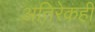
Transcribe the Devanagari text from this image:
अतिरेकही